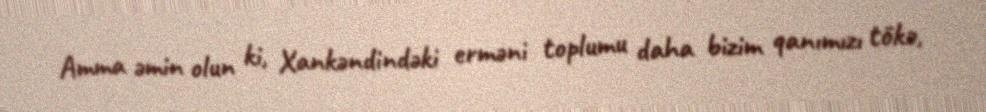
Amma əmin olun ki, Xankəndindəki erməni toplumu daha bizim qanımızı tökə,